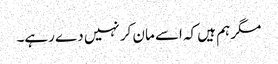
مگر ہم ہیں کہ اسے مان کر نہیں دے رہے۔